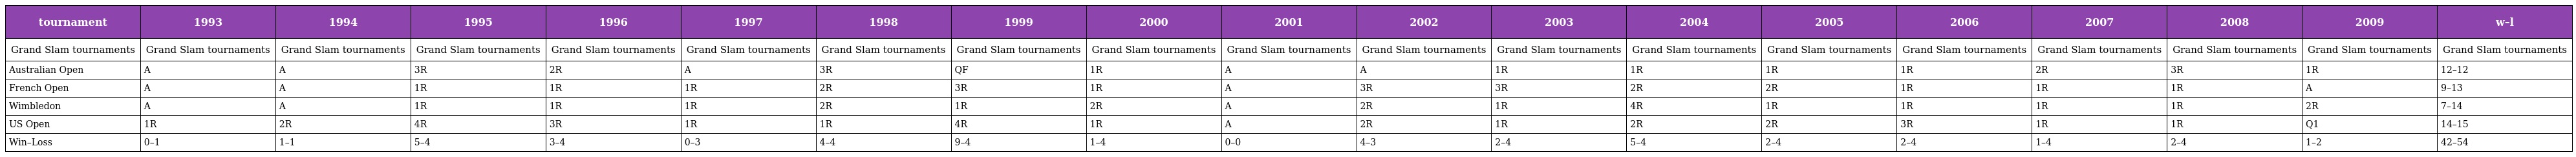
| tournament | 1993 | 1994 | 1995 | 1996 | 1997 | 1998 | 1999 | 2000 | 2001 | 2002 | 2003 | 2004 | 2005 | 2006 | 2007 | 2008 | 2009 | w–l |
 | --- | --- | --- | --- | --- | --- | --- | --- | --- | --- | --- | --- | --- | --- | --- | --- | --- | --- | --- |
 | Grand Slam tournaments | Grand Slam tournaments | Grand Slam tournaments | Grand Slam tournaments | Grand Slam tournaments | Grand Slam tournaments | Grand Slam tournaments | Grand Slam tournaments | Grand Slam tournaments | Grand Slam tournaments | Grand Slam tournaments | Grand Slam tournaments | Grand Slam tournaments | Grand Slam tournaments | Grand Slam tournaments | Grand Slam tournaments | Grand Slam tournaments | Grand Slam tournaments | Grand Slam tournaments |
 | Australian Open | A | A | 3R | 2R | A | 3R | QF | 1R | A | A | 1R | 1R | 1R | 1R | 2R | 3R | 1R | 12–12 |
 | French Open | A | A | 1R | 1R | 1R | 2R | 3R | 1R | A | 3R | 3R | 2R | 2R | 1R | 1R | 1R | A | 9–13 |
 | Wimbledon | A | A | 1R | 1R | 1R | 2R | 1R | 2R | A | 2R | 1R | 4R | 1R | 1R | 1R | 1R | 2R | 7–14 |
 | US Open | 1R | 2R | 4R | 3R | 1R | 1R | 4R | 1R | A | 2R | 1R | 2R | 2R | 3R | 1R | 1R | Q1 | 14–15 |
 | Win–Loss | 0–1 | 1–1 | 5–4 | 3–4 | 0–3 | 4–4 | 9–4 | 1–4 | 0–0 | 4–3 | 2–4 | 5–4 | 2–4 | 2–4 | 1–4 | 2–4 | 1–2 | 42–54 |